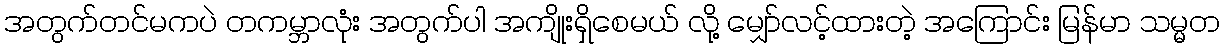
အတွက်တင်မကပဲ တကမ္ဘာလုံး အတွက်ပါ အကျိုးရှိစေမယ် လို့ မျှော်လင့်ထားတဲ့ အကြောင်း မြန်မာ သမ္မတ